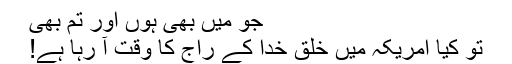
جو میں بھی ہوں اور تم بھی
تو کیا امریکہ میں خلق خدا کے راج کا وقت آ رہا ہے!